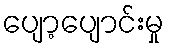
ပျော့ပျောင်းမှု